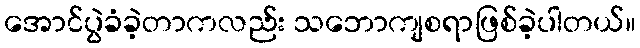
အောင်ပွဲခံခဲ့တာကလည်း သဘောကျစရာဖြစ်ခဲ့ပါတယ်။